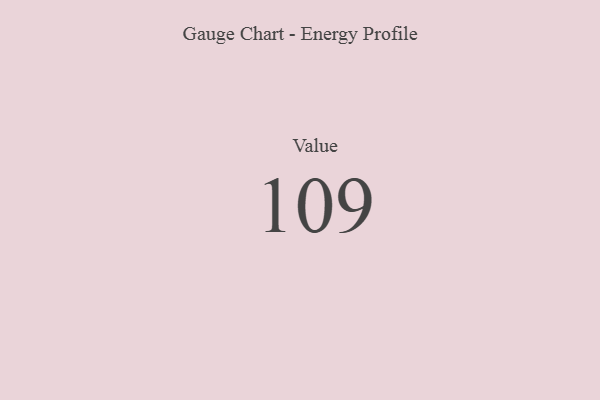
{"axis": {"x": "Metric", "y": "Value"}, "legend": [""], "data": [{"x": "Value", "y": 109, "type": ""}]}